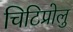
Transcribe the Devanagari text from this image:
चिटिप्रोलु